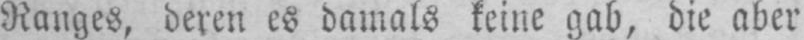
Ranges, deren es damals keine gab, die aber